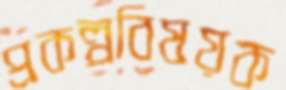
প্রকল্পবিষয়ক